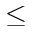
\leq